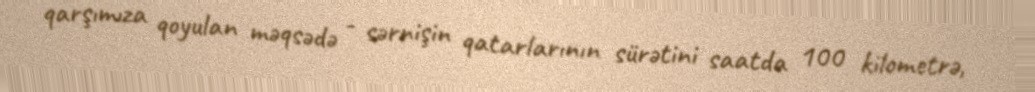
qarşımıza qoyulan məqsədə - sərnişin qatarlarının sürətini saatda 100 kilometrə,